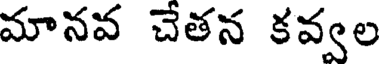
మానవ చేతన కవ్వల